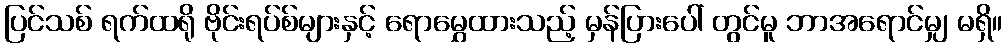
ပြင်သစ် ရက်ထရို ဗိုင်းရပ်စ်များနှင့် ရောမွှေထားသည့် မှန်ပြားပေါ် တွင်မူ ဘာအရောင်မျှ မရှိ။